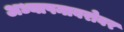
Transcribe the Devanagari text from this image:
अध्यापनाबरोबर